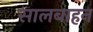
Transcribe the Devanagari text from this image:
सालबाहन